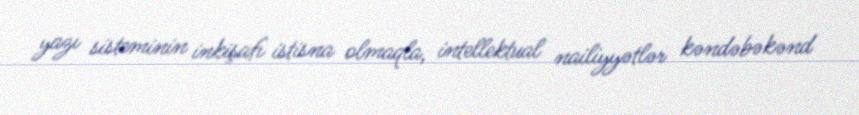
yazı sisteminin inkişafı istisna olmaqla, intellektual nailiyyətlər kəndəbəkənd